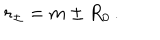
LaTeX: r _ { \pm } = m \pm R _ { 0 } \, .